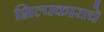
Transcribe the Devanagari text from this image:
शिल्पकाराचे